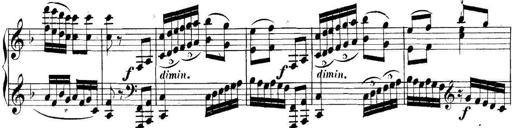
Title: Collected Piano Sonatas
Composer: Muzio Clementi